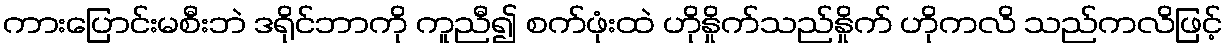
ကားပြောင်းမစီးဘဲ ဒရိုင်ဘာကို ကူညီ၍ စက်ဖုံးထဲ ဟိုနှိုက်သည်နှိုက် ဟိုကလိ သည်ကလိဖြင့်